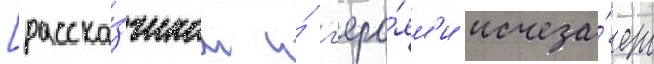
[расска́зчиком и́ г'еро́ям'и исчеза́ет